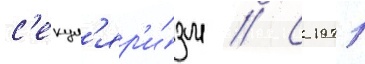
с'екул'яр'и́зм // С 1971